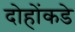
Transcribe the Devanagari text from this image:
दोहोंकडे